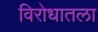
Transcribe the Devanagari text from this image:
विरोधातला